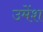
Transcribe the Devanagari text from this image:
उमेंश